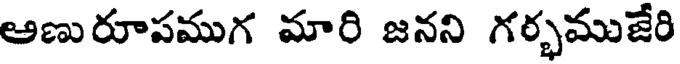
ఆణురూపముగ మారి జనని గర్భముజేరి